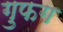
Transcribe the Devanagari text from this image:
गुफग